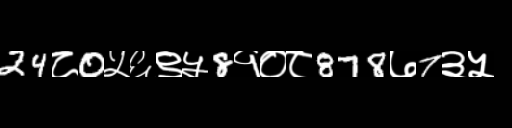
Text: 24८0५६९५8१०८878७7३५